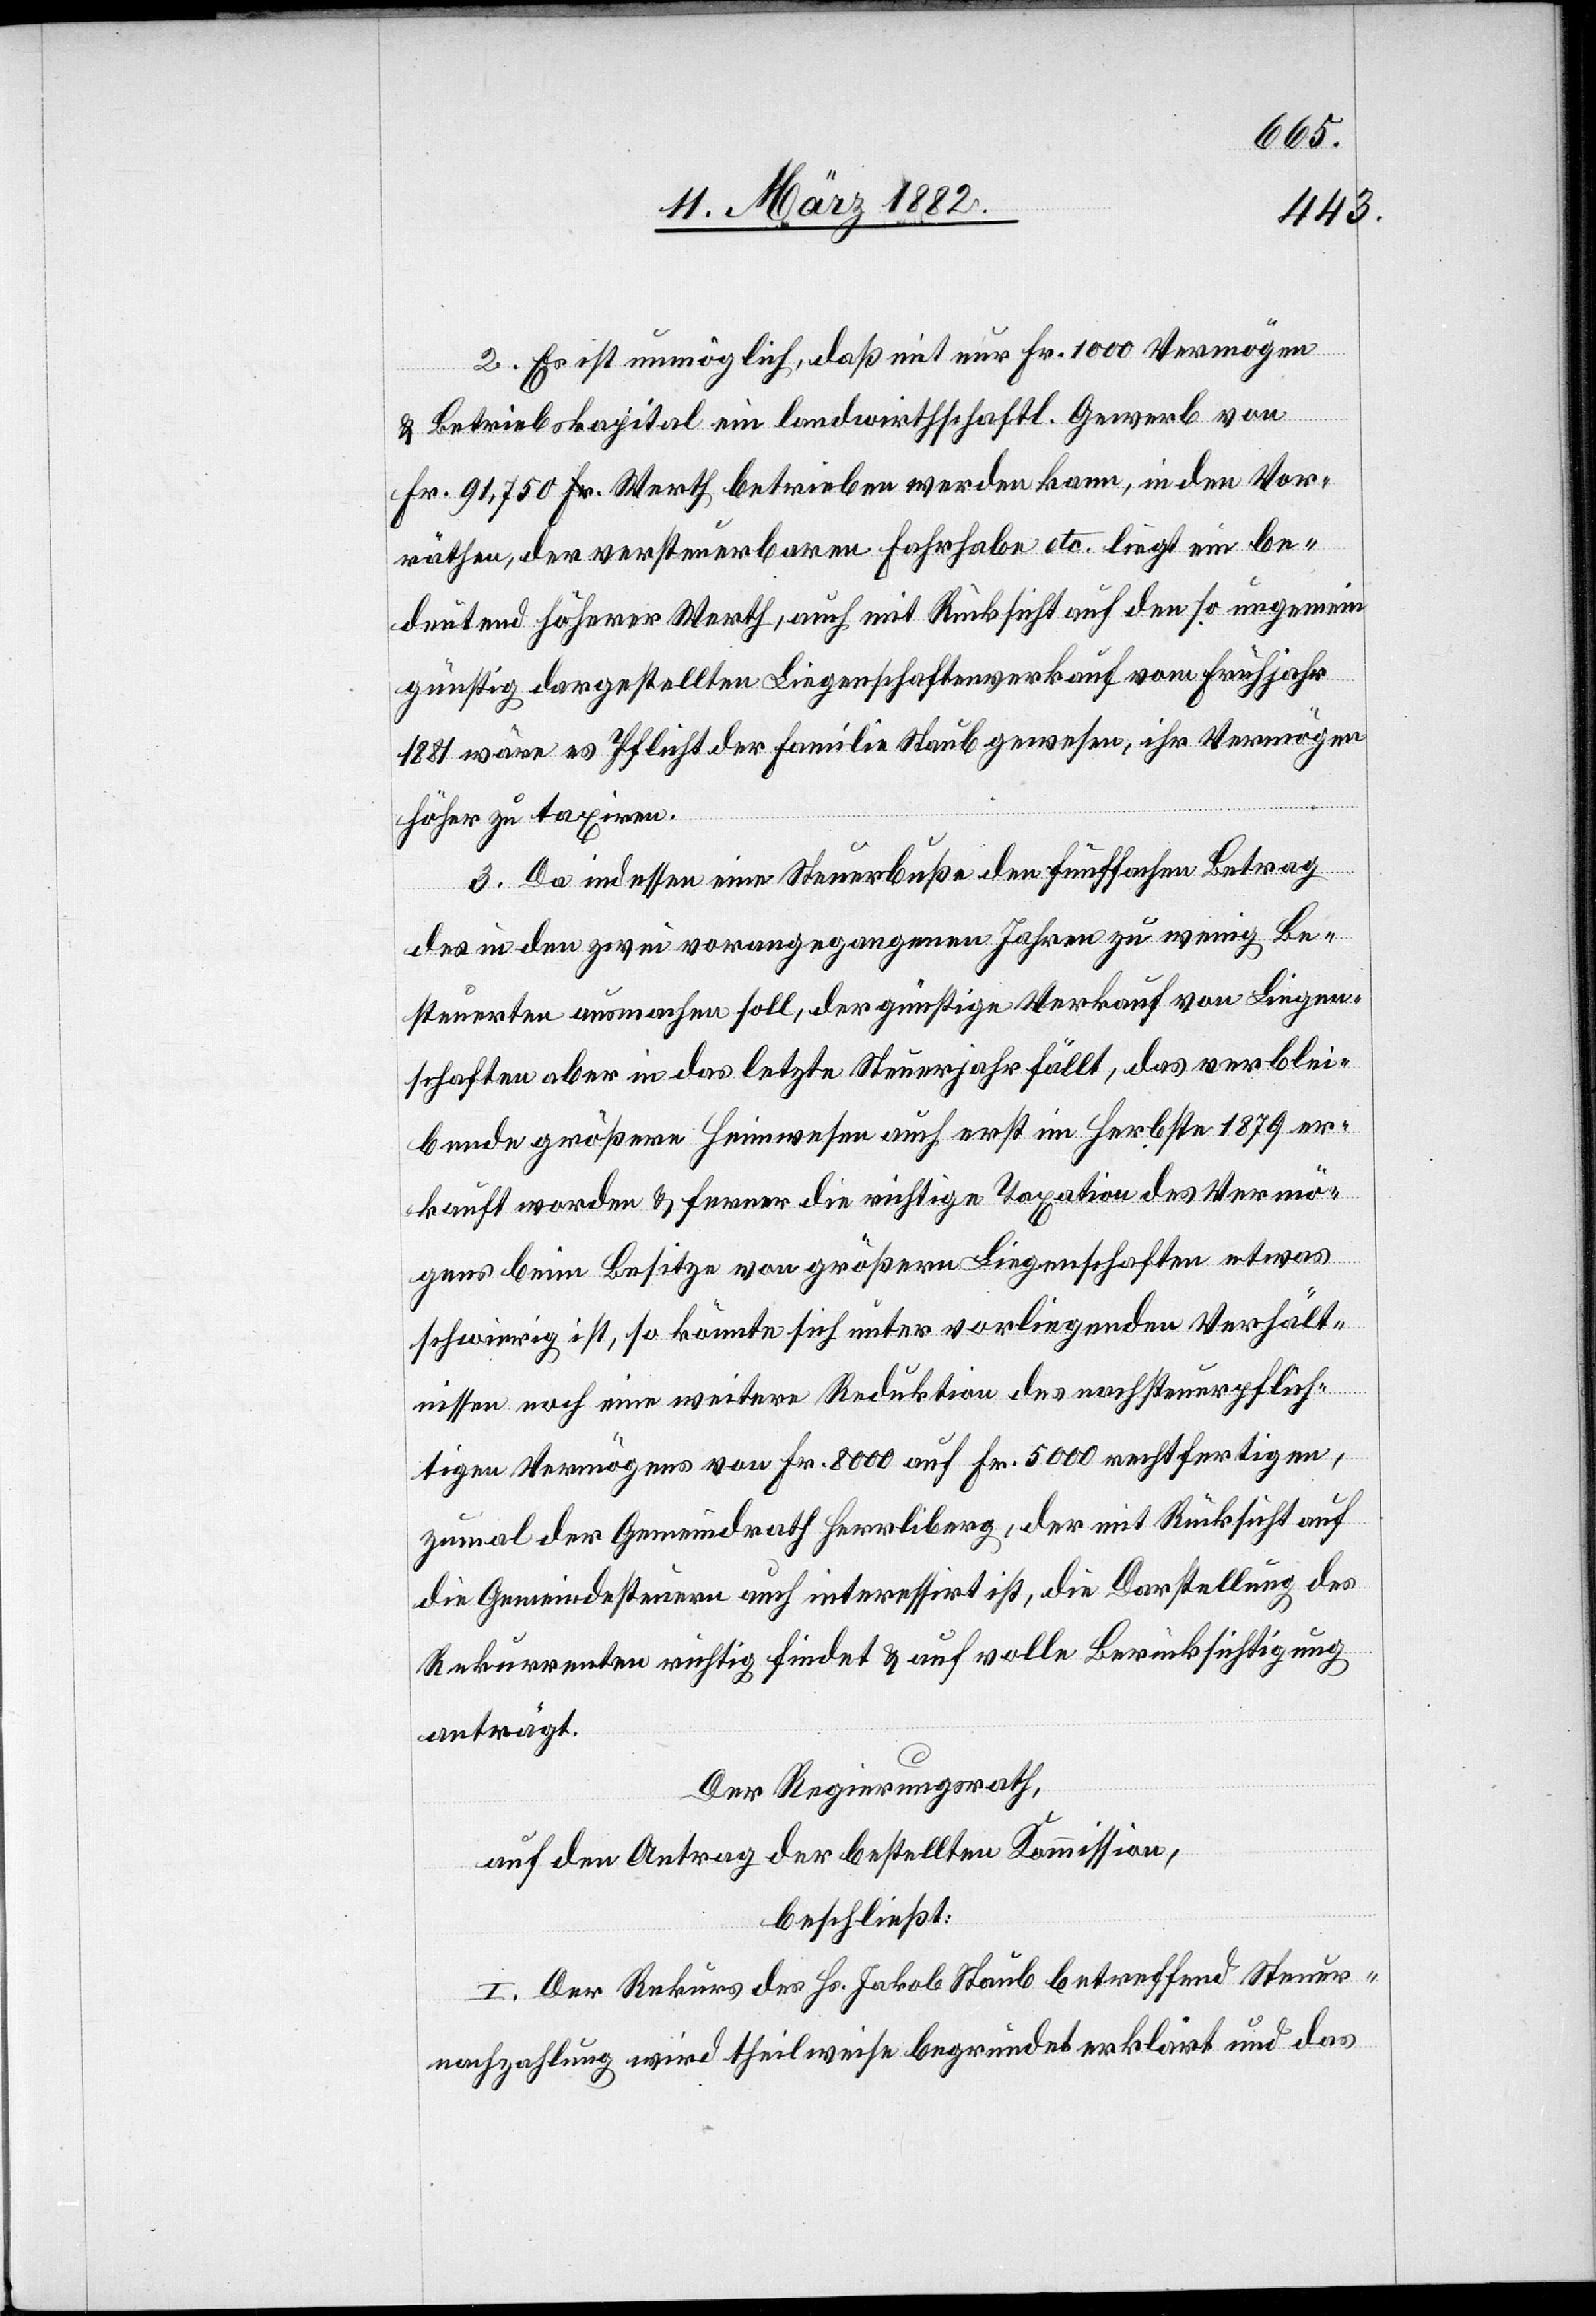
2. Es ist unmöglich, daß mit nur Fr. 1000 Vermögen
& Betriebskapital ein landwirthschaftl. Gewerbe von
Fr. 91,750 Fr. Werth betrieben werden kann, in den Vor¬
räthen, der versteuerbaren Fahrhabe etc. liegt ein be¬
deutend höherer Werth; auch mit Rücksicht auf den so ung¬
ünstig dargestellten Liegenschaftenverkauf vom Frühjahr
1881 wäre es Pflicht der Familie Staub gewesen, ihr Vermögen
höher zu taxiren.
3. Da indessen eine Steuerbuße den fünffachen Betrag
des in den zwei vorangegangenen Jahren zu wenig Be¬
steuerten ausmachen soll, der günstige Verkauf von Liegen¬
schaften aber in das letzte Steuerjahr fällt, das verblei¬
bende größere Heimwesen auch erst im Herbst 1879 ver¬
kauft worden & ferner die richtige Taxation des Vermö¬
gens beim Besitze von größern Liegenschaften etwas
schwierig ist, so könnte sich unter vorliegenden Verhält¬
nissen noch eine weitere Reduktion des nachsteuerpflich¬
tigen Vermögens von Fr. 8000 auf Fr. 5000 rechtfertigen,
zumal der Gemeindrath Herrliberg, der mit Rücksicht auf
die Gemeindesteuern auch interessirt ist, die Darstellung des
Rekurrenten richtig findet & auf volle Berücksichtigung
anträgt.
Der Regierungsrath,
auf den Antrag der bestellten Kommission,
beschließt:
I. Der Rekurs des Hs. Jakob Staub betreffend Steuer¬
nachzahlung wird theilweise begründet erklärt und das